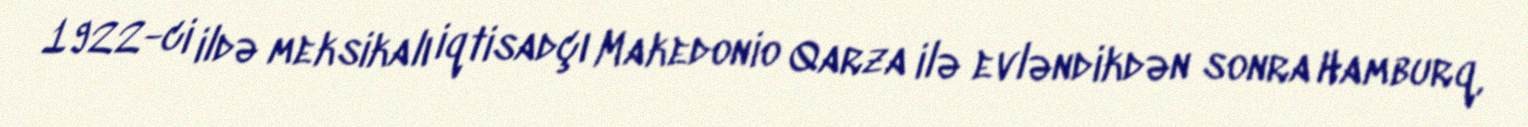
1922-ci ildə meksikalı iqtisadçı Makedonio Qarza ilə evləndikdən sonra Hamburq,